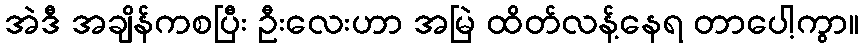
အဲဒီ အချိန်ကစပြီး ဦးလေးဟာ အမြဲ ထိတ်လန့်နေရ တာပေါ့ကွာ။